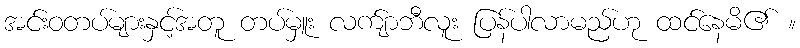
အင်းဝတပ်များနှင့်အတူ တပ်မှူး လက်ျာဘီလူး ပြန်ပါလာမည်ဟု ထင်နေမိ၏ ။